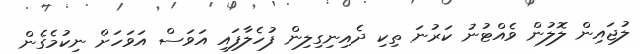
ލުޖައިން ލޮލުން ވެއްޓުނު ކަރުނަ ތިކި ދެއިނިގިލިން ފުހެލާފައި އަވަސް އަވަހަށް ނިކުމެގެން